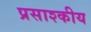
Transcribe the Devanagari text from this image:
प्रसाश्कीय